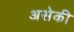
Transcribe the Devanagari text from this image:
असेकी